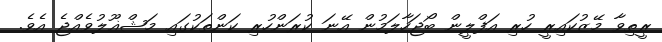
ރީތިވާ މޭޒުކައިރީ ހުރި އަފްލީން ބޯޖަހާލަމުން އޭނަ ކުރަންހުރި ކަންތަކުގައި މަޝްޣޫލުވެއްޖެ އެވެ.